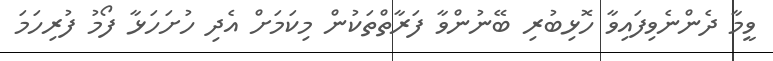
ވީމާ ދެންނެވިފައިވާ ހޮޅިބުރި ބޭނުންވާ ފަރާތްތަކުން މިކަމަށް އެދި ހުށަހަޅާ ފޯމު ފުރިހަމަ